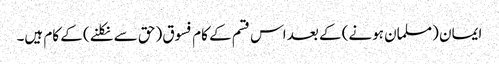
ایمان (مسلمان ہونے) کے بعد اس قسم کے کام فسوق (حق سے نکلنے) کے کام ہیں۔